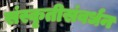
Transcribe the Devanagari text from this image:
संस्कृतीसंवर्धन